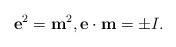
LaTeX: \begin{align*} {\bf e}^2 = {\bf m}^2 , {\bf e} \cdot {\bf m} = \pm I.\end{align*}